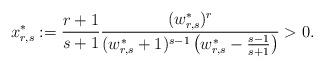
LaTeX: \begin{align*} x_{r,s}^{\ast} := \frac{r+1}{s+1} \frac{(w_{r,s}^{\ast})^r}{(w_{r,s}^{\ast} + 1)^{s-1}\left(w_{r,s}^{\ast} - \frac{s - 1}{s+1}\right)} >0.\end{align*}